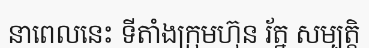
នាពេលនេះ ទីតាំងក្រុមហ៊ុន រ័ត្ន សម្បត្តិ